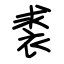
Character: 裘